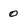
Character: 0